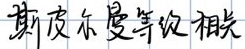
斯皮尔曼等级相关